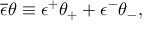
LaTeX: \overline { { { \epsilon } } } \theta \equiv \epsilon ^ { + } \theta _ { + } + \epsilon ^ { - } \theta _ { - } ,